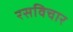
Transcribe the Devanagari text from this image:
रसविचार